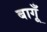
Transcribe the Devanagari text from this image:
बागूँ